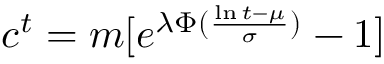
c ^ { t } = m [ e ^ { \lambda \Phi ( \frac { \ln { t } - \mu } { \sigma } ) } - 1 ]